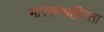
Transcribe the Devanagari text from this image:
भारसम्यहीनता